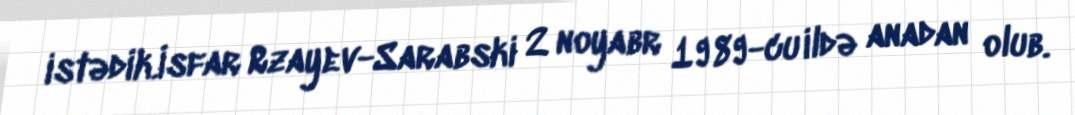
istədik.İsfar Rzayev-Sarabski 2 noyabr 1989-cu ildə anadan olub.